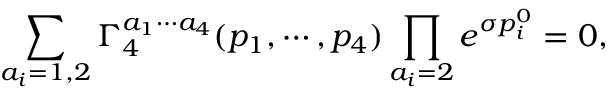
\sum _ { a _ { i } = 1 , 2 } \Gamma _ { 4 } ^ { a _ { 1 } \cdots a _ { 4 } } ( p _ { 1 } , \cdots , p _ { 4 } ) \prod _ { a _ { i } = 2 } e ^ { \sigma p _ { i } ^ { 0 } } = 0 ,